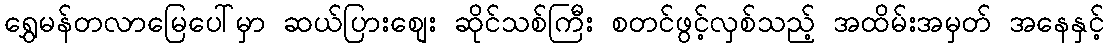
ရွှေမန်တလာမြေပေါ်မှာ ဆယ်ပြားစျေး ဆိုင်သစ်ကြီး စတင်ဖွင့်လှစ်သည့် အထိမ်းအမှတ် အနေနှင့်